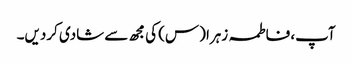
آپ، فاطمہ زہرا (س) کی مجھ سے شادی کردیں۔